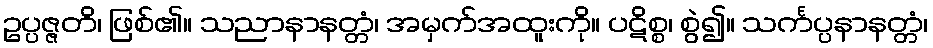
ဥပ္ပဇ္ဇတိ၊ ဖြစ်၏။ သညာနာနတ္တံ၊ အမှက်အထူးကို။ ပဋိစ္စ၊ စွဲ၍။ သင်္ကပ္ပနာနတ္တံ၊